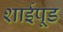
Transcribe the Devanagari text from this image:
शाईपूड